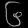
Digit: ၆